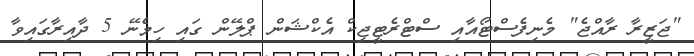
"ޖަޒީރާ ރާއްޖެ" މެނިފެސްޓޯއާއި ސްޓްރެޓީޖިކް އެކްޝަން ޕްލޭން ގައި ހިމެނޭ 5 ދާއިރާގައިވާ